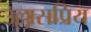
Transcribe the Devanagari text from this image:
उल्लासप्रिय